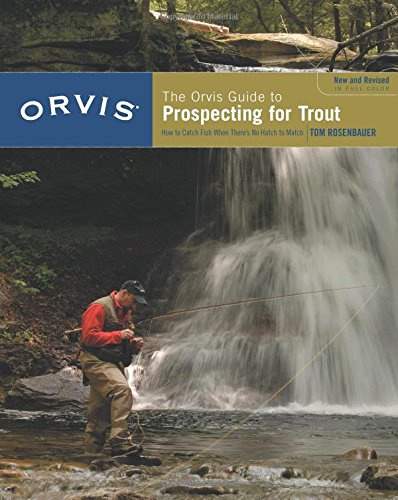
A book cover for The Orvis Guide to Prospecting for Trout: How to Catch Fish When There's No Hatch to Match, Revised Edition; Tom Rosenbauer; Crafts, Hobbies & Home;